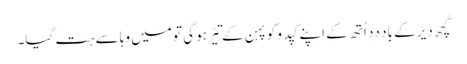
کُچھ دیر کے باد دِدِ اُتھ کے اَپنے کپدو کو پہن کے تیّر ہو گیِ تو میں وہا سے ہت گیا۔